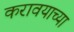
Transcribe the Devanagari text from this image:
करावयाच्‍या